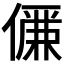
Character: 𠏊